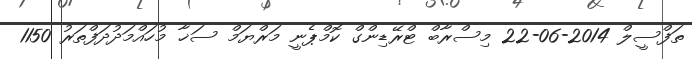
ތަފްސީލް 2014-06-22 މިސްރާބް ޓްރޭޑިންގް ކޮމްޕެނީ މަރްޔަމް ސަޚާ މުހައްމަދުދަފްތަރު 1150